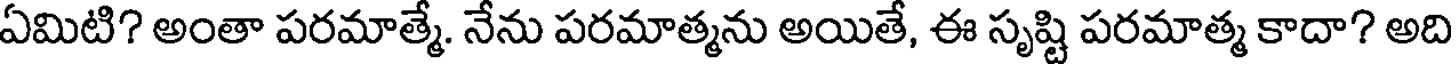
ఏమిటి? అంతా పరమాత్మే. నేను పరమాత్మను అయితే, ఈ సృష్టి పరమాత్మ కాదా? అది